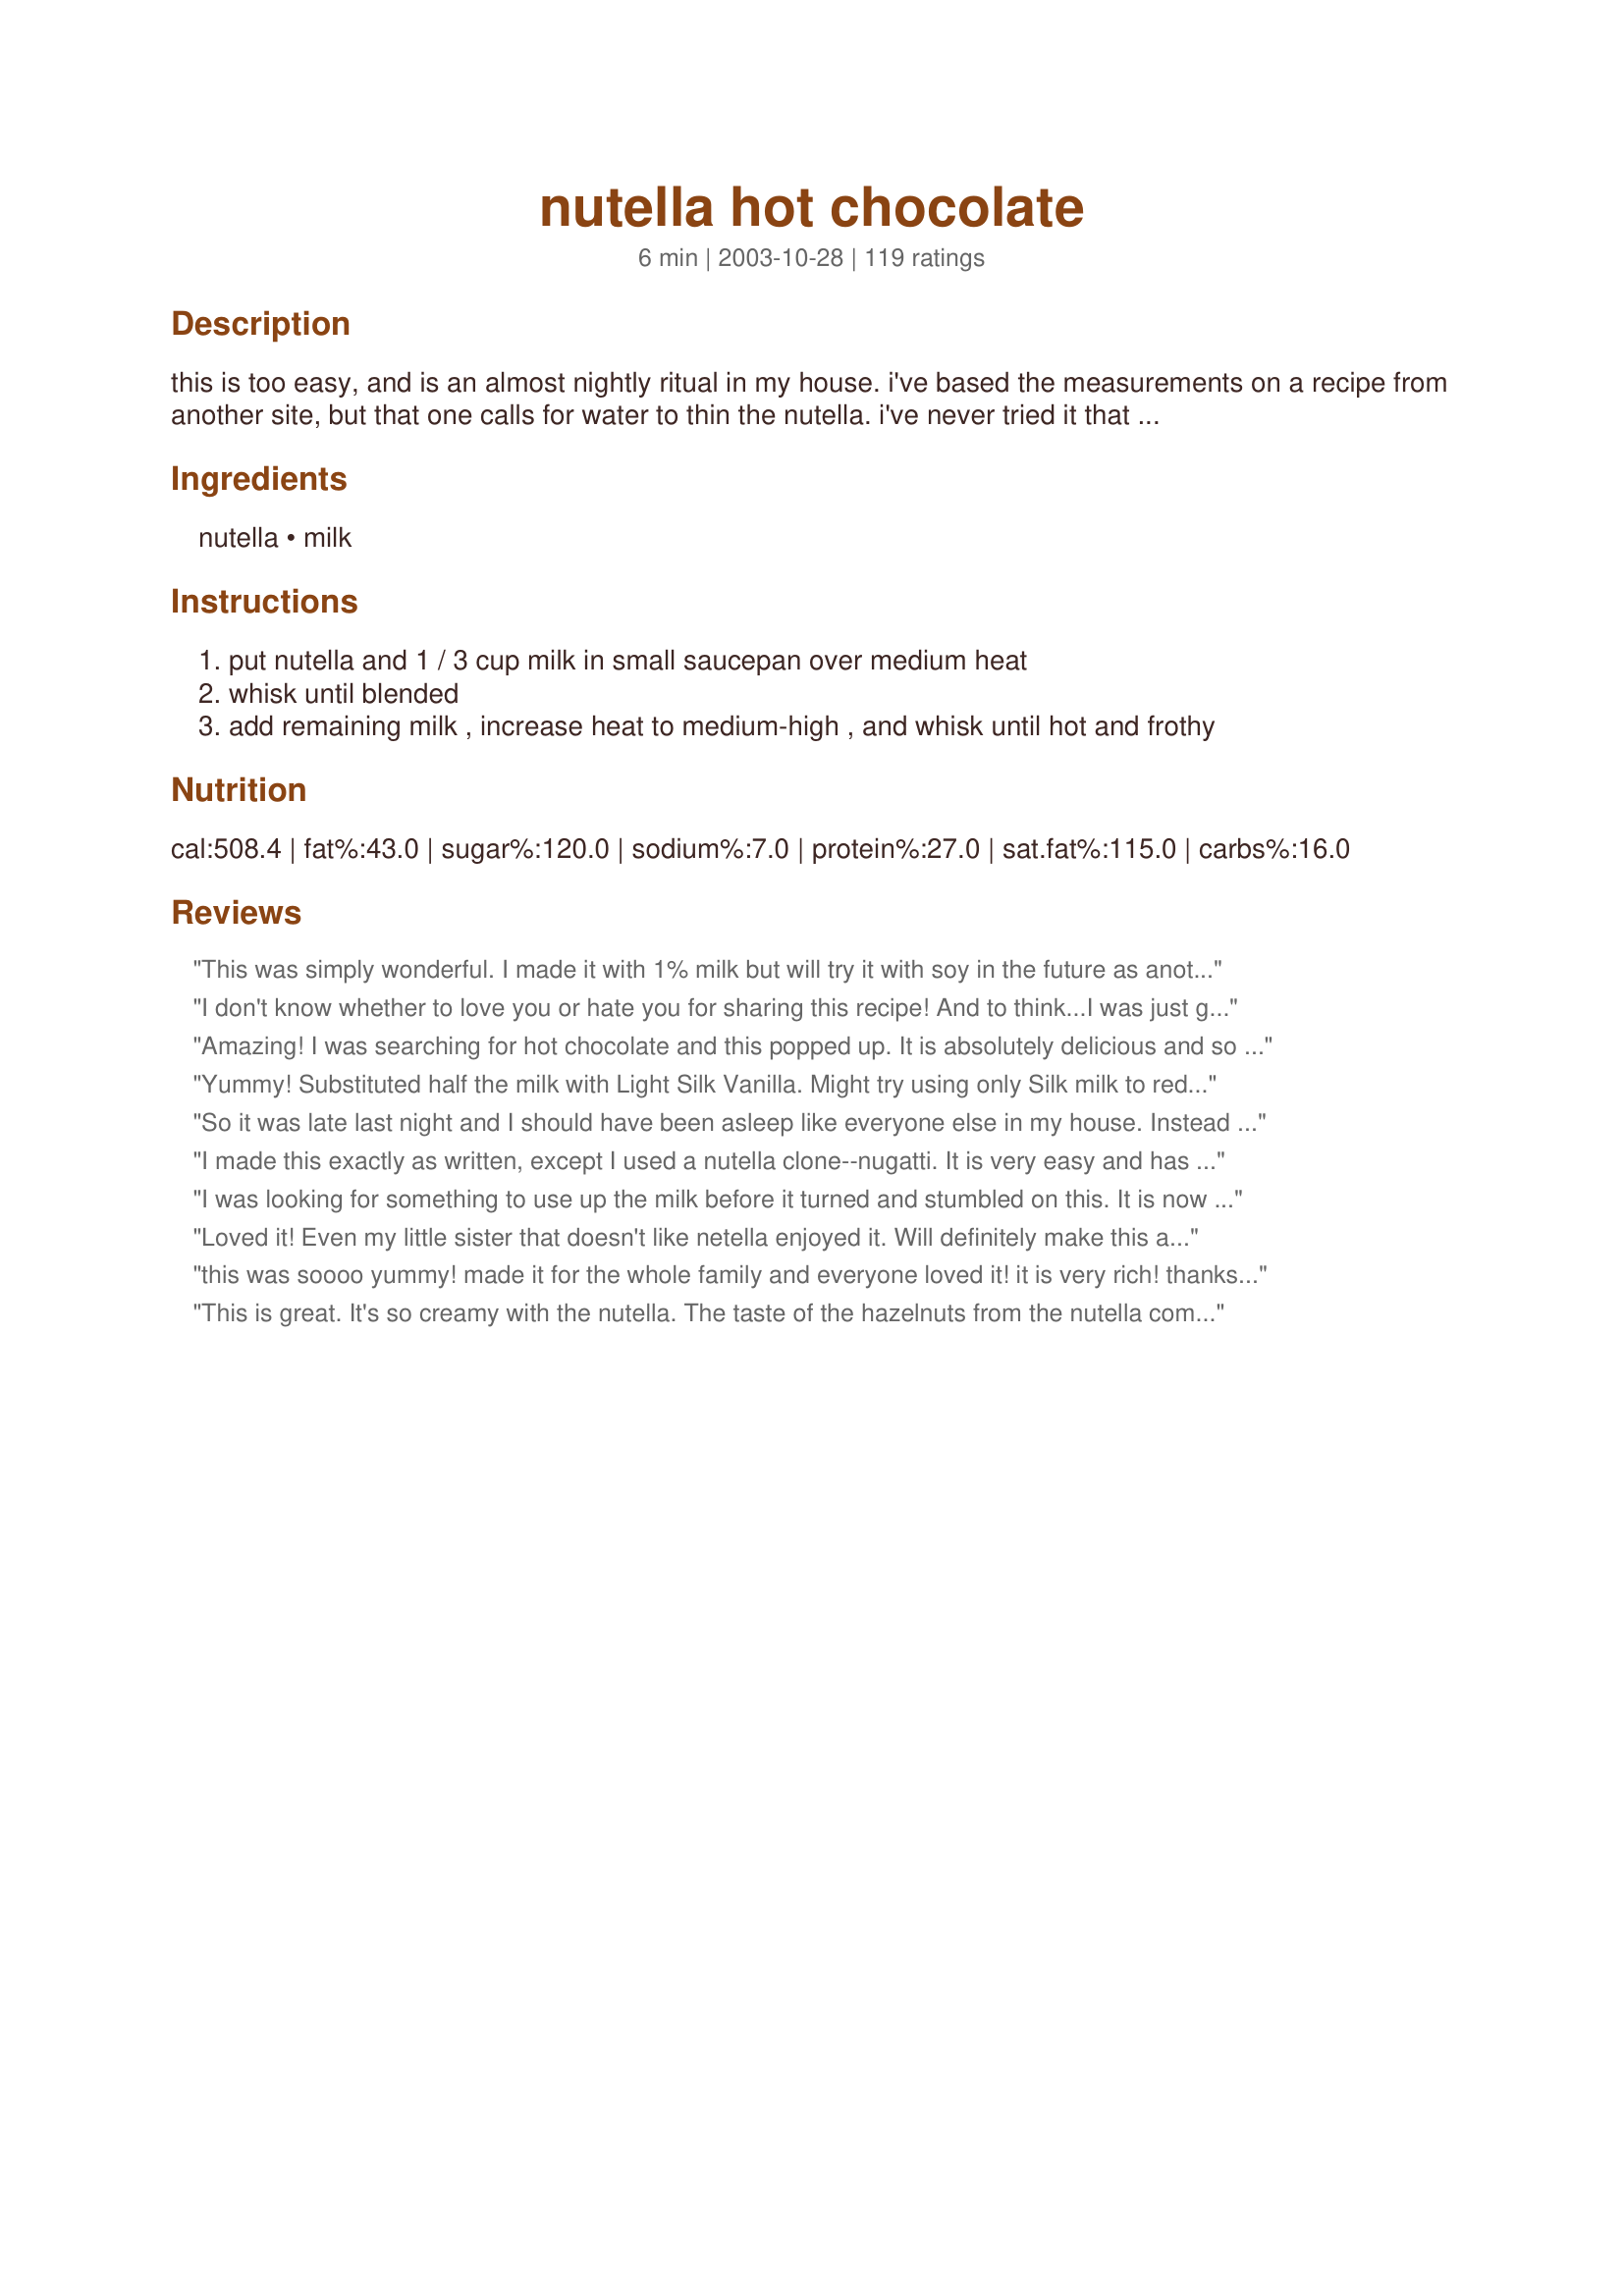
nutella hot chocolate
Preparation time: 6 minutes

this is too easy, and is an almost nightly ritual in my house. i've based the measurements on a recipe from another site, but that one calls for water to thin the nutella. i've never tried it that way. the cooking time is approximate.

Ingredients:
nutella, milk

Steps:
put nutella and 1 / 3 cup milk in small saucepan over medium heat
whisk until blended
add remaining milk , increase heat to medium-high , and whisk until hot and frothy

Reviews:
This was simply wonderful. I made it with 1% milk but will try it with soy in the future as another reviewer suggested. Thanks for posting!
I don't know whether to love you or hate you for sharing this recipe! And to think...I was just getting started on my diet!! I made this with skim milk and it was still out of this world...thanks a million GokittenGo!
Amazing! I was searching for hot chocolate and this popped up. It is absolutely delicious and so simple to make. I love it even more because it isn't powdery, and it isn't oily. Lovely combination of hazelnut and hot chocolate. I am glad you posted it.
Yummy! Substituted half the milk with Light Silk Vanilla. Might try using only Silk milk to reduce the calories next time. It adds to the flavor perfectly and still has a good consistency. Thanks for sharing this treat.
So it was late last night and I should have been asleep like everyone else in my house. Instead I was looking at some things on zaar when I came across this recipe that sounded so very good. But still, I needed to go to bed. But then I realized that the dog needed to go out one last time. And since I was going to be up anyway and we just got a package from a friend that included the Trader Joe's version of nutella.. Well, I went for it. At first I thought 3 tbsp. sounded like an awful lot but it mellowed beautifully in the skim milk (all I have in the house). To really put it over the top I added a squirt of whipped cream. It was lovely as I sat in a dark quiet house and enjoyed the solitude.
I made this exactly as written, except I used a nutella clone--nugatti. It is very easy and has a strong, but pleasant taste of hazelnuts. Thanks for the recipe.
I was looking for something to use up the milk before it turned and stumbled on this. It is now a favorite of my guys! Thanks for sharing!
Loved it! Even my little sister that doesn't like netella enjoyed it. Will definitely make this again!
this was soooo yummy! made it for the whole family and everyone loved it! it is very rich! thanks for sharing this recipe!
This is great. It's so creamy with the nutella. The taste of the hazelnuts from the nutella comes out. Thanks GoKittenGo :) Made for Holiday tag game
This was effortless and sooo yummy for a snowing day in May in Colorado!
DH says this is very rich and creamy.
Very nice and chocolatey! Great for those cold nights.
Oh nooooooo! I so wish I had not found this recipe, because it is the most perfect and decadent beverage ever! And it's loaded with fat... and sugar... sigh. It really is as good as everyone says. By the way, I made it with 2 percent milk and only a heaping teaspoon of Nutella, and it was still fantastic.
Another great way to enjoy Nutella!!!
I really wanted a hot chocolate, thanks to you I'm drinking a quality one right now! Thanks
yummy!
Rich and utterly delicious. The nutella adds a different dimension to the hot chocolate flavor. Wonderful to sip on a cold morning.
I just graduated, so I can't cook at all. Made this easily though for some friends, it was delightful, perfect for the upcoming winter in Chicago.
Okay, I'll just add in another yummmmm! I would have never thought of using Nutella to make a drink, but it was delicious! DH loves this stuff, and he now will be having this in place of hot chocolate. Thank you for sharing!...Kittencal:)
Scrumptious! So easy and tastes like a gourmet beverage! Thank you for sharing this recipe!
We liked this easy hot chocolate that had a nutty taste. 

Thanks GoKittenGo. 

Bullwinkle
A rich and decedent drink. I doubled the recipe I got 2 and 1/4 mugs full. I put the left over 1/4 mug full into the fridge and the next morning I heated it up in the microwave. I tasted even more decedent if thats possible. I always have a jar of nutella in the cupboard and I will be making this recipe more often with it.
This was really good. The Nutella disolved very easily & this was very quick to make. I could taste the hazlenut along with the chocolate. Very yummy :0)
Pure comfort in a mug. It doesn't get any easier or richer than this. Try it, you'll like it.
I can see why this is a nightly ritual! So easy, and a delightful twist to traditional hot chocolate. Heating the Nutella brings out the nutty taste, and whipping it gives this hot drink some body. I'll do this again, and again... Thanks!
I served this on Christmas morning, and everyone loved it. Very rich, but what the heck it was Christmas morning after all!! Thank you.
This very easy process makes a delicious hazlenut flavored hot cocoa. It is very smooth, creamy and elegant tasting. Great change of pace from regular hot cocoa.

Awesome. My boyfriend had a craving for hot chocolate and I was expecting to make one from scratch using my cocoa powder and milk, but luckily I also have Nutella in my cupboard and decided to try your recipe. SOO EASY and yummy! I used soy milk, which made it seem thicker and I added some coconut shavings because I think coconut and chocolate taste really good together.
We really enjoy this, especially with some espresso added! Thanks so much for this idea!
First of all, let me say that I LOVE Nutella. I eat it by the spoonful - not a good thing if you're trying to lose weight. This was very good and rich even using skim milk. I'll definitely make this again as a special treat. Thanks GoKittenGo for a great recipe. Made for Zaar Chef Alphabet Soup 2008.
Takes a lot of Nutella, which ios expensive, but it is very good.
This Nutella hot chocolate is to die for. It is so rich, yet so delicious. Truly another great use for nutella!
so GOOD, delicieux, i made this after diner tonight, this is so good ! with a dash of cinnamon, Miam ! thank you very much !
Simply delicious, and a nice change from regular hot chocolate. Thanks for posting !
I have one thing to say! Yum!!! I love Hot Chocolate late at nite and this it just over the top! I found Nutella in the specialty spot in my grocers and I just had to try it! This will always be a late nite treat! Thank you!
This is tastey!!! BUT!!!
500 calories and 28 g. of fat
so would a lot of things and 
they are all called deserts
not hot chocolate. Several pieces of candy would be less calories
and fat than this.
Fast, easy, and mmmmmmm yummy! I do perfer a more intense cocoa flavor, but the bigger problem is this means having a jar of nutella in the house... and that stuff is so good on toast or right out of the jar! :)
Oooh, so easy and so yummy! And good for you too?! Thanks for posting this!
what a yummy way to warm up. I am writing this review and sipping my hot chocolate.Thanks Go Kitten.
This was so delicious! So creamy, chocolatey and just a little nutty. I will make this very often!
WoW! Yummy!
Delicious! I also tried it with Trader Joe&#039;s coco-almond spread and that was also yummy. Thanks for sharing!
What a sweet treat! Tastier than most hot chocolate recipes I've tried; a keeper. Made for the Comfort Cafe, a tag game.
This is fantastic. It's a windy and chilly day today and this was the perfect pick-me-up-warm-me-up! This Nutella version of a hot chocolate is definitely a keeper! If you like Nutella (and who doesn't?) Then you'll love this. Thanks for posting!
WOW! This was perfect to fix my chocolate craving tonight. I created the craving as soon as your recipe hit the site, LOL! I got a jar of Nutella and tried this at midnight;) Really nice! There is no need to add water to thin it because it is quite thin as it is. A very nice comfort drink! I made some more to share with my little friend tomorrow - she's just 7 and will eat and drink anything I make for her. She's going to hug me tight for this:) Thank you for the simple and good recipe!
Oh this was perfect. Unfortunately it didn't help with my nutella addiction.
Omgosh I made this today and it was the best hot chocolate I have ever had. I used 2 percent milk and it was fantastic. Thanks for sharing.
I would have given this recipe a 5 star for taste and ease but I believe the servings should be listed as 2 instead of 1. Not only is there enough to share but way too many calories for one person.
So good! I love the hazelnut flavor. It is so simple and yummy.
Can't believe that I didn't rate this a long time ago. I've been using it for about a year now. Super delish! Lots of calories but sometimes flavor reigns supreme. I cut down on the nutella because I dont like it as sweet but rather creamier. If you can froth it then I suggest doing so for a bistro flare. Thanks!
Delicious and easy - thank you for the great recipe.
Im sitting here typing this review as I sip my nutella hot chocolate..its lovely and creamy and tastes great.
Thanks for sharing.
Very rich cocoa. I thought the hazelnut flavor was a bit too much, so I added some extra milk, and it was perfect.
Oh my, what a little sip of heaven! This was so delicious. I microwaved the milk for 30 sec, added the Nutella & microwaved an additional 40 sec and it was just perfect. Thanks for sharing!
I just made this with low fat milk and it still has a rich taste to it! (: I feel that the hazelnut taste is a bit too much for me though. This recipe isn't powdery nor oily. Thumbs up! :D
I made this for my son and me today...we have had a week of snow, ice and being cooped up I happend to have a partial container of Nutella and thought 'why not'

I used half a can of sweetend condensed milk with the milk and added a touch of 'pumpkin spice'

We sipped it while frosting Christams cookies for the neighbors...made a memory!!

This is beyond GOOD!!
Yum yum yum. I had never tried Nutella before and this recipe was just the excuse I needed to finally buy some. Sooooo good. The only thing I would note is that this made what I would consider to be two servings. That's not a bad thing though. The only thing better than having a special treat is being able to share it with someone you love.
Dangerously good.
Best hot chocolate ever. Hands down. I didn't think it would be as rich as it is, and it's AMAZING!
This is so good, it's no wonder it's popular! I've actually tried this more than once and made servings for my family (they also love it)!
Delicious! Thanks for posting this one!
Yum, yum... I'm thinking about adding a dash of cinnamon next time. :)
Mmmm... so good! The bestest, simpleist ever!
This was so rich and delicious! I used a little less Nutella than was called for and it was decadently rich.
Dang it. I wish I never saw this recipe b/c now I will want it everyday!
Delicious! As if I needed to find a new way to get more Nutella in my diet! Smooth creamy hot chocolate couldn't be easier or better. Had some pretzels dipped in Nutella as a side. Yum!Thanks for posting, GoKittenGo!
This is such a great recipe!! I fell in love with Nutella while studying in Europe and this is the perfect way to enjoy it! Thanks for the recipe!
To add on, I just made this for a friend who is a hot chocaholic and she went back to the pan to get the dregs, she lvoed it so much. I asked her if she would prefer regular hot chocolate and she didnt stop sipping just shook her head no...spilling a little as she did

this is one time i wish the nutritional info could be hidden, because i want this far more often than sensible lol.
This is so easy and freaking good!!! Love the rich flavor of chocolate and hazelnut. The thickness and smoothness were just prefect for me. I might reduce the Nutella amount by a little next time and sprinkle some cinnamon. I think I will never buy instant hot chocolate from the store from now on since I found this awesome recipe! Thank you for posting!
What a yummy way to warm up! A delicious drink thanks GoKitten! I loved it!
Worked for me! Yummy!!!
This was a really good take on hot chocolate! The flavour was awesome but I just found that it had a slightly greasy texture.
This was sooooo good! I've told all my friends about it, and I don't think I can ever go back to regular hot chocolate. So thick and creamy. It's also very good with soymilk instead of regular milk.
If you have Nutella in your cupboard, I think you should also have this recipe in your cookbook. Fabulous! I was thirsty last night, but also hadn't had dessert and wanted "something"; I remembered this recipe and so finally gave it a try. It was delicious! Thanks for posting such an easy, yummy treat!
Uhhhh......Yum !
I'm so irritated with myself for not reviewing this before! I've been enjoying this rich and delicious drink for over six months now, and I can't say enough how glad I am that I tried it. If you're a Nutella lover, this is one recipe that you have got to try!
I don't understand some reviews. To say it tastes wonderful then to give it one star because it's high in fat and calories?? If one is concerned with fat and calories, common knowledge would suggest you should stay far away from Nutella. If you want a treat, however, I say make this and fagettaboutit.
Perfect! Thanks so much for sharing.
Oh yum! I made a large batch for my family to sip while we decorated our Christmas tree--we all loved it! Since he is the main hot chocolate drinker around here, I asked my son if he liked it better than the Godiva I keep on hand for him. His answer was a definitive "Yes!", so move on over Godiva. :) Thanks for sharing your recipe--it's wonderful!
This hot chocolate is hot, smooth and delish! Best hot chocolate in the world! I made it in my "cocomotion" and it turned out incredible!
Very very good (:
It was so good that when I went back for the rest that was left in the pot I was so excited about drinking it I burned my mouth!
Divine! I really need to leave this one alone! Thanks for the wonderful treat!
Sinful! I didn&#039;t measure, what could possibly have gone wrong anyway?
You go kitten go. This is fab!
This was a perfect and decadent treat for a chilly day. Thanks for sharing!
Umm...WOW!!
I am new to the fan club of Nutella! This is the first thing I prepared using Nutella, other than just spooning some out of the jar! LOL! This is awesome hot chocolate! After seeing others that reviewed and photographed it, it was just irresistable! Makes me wish for more cold weather here! It is a winner, GoKittenGo!
That was so yummy. I made it using a vegan chocolate and hazelnut spread and some soymilk. It was awesome. I also frothed the hot chocolate. So awesome. I also tried adding some espresso. Nutella Mocha.
I have eyed this up for a good while now but not dared to try it because I knew if I brought a jar of Nutella into this house it would spell diet disaster. It is just one of those amazingly addictive food items. Being as it is Christmas Eve, I decided tonight was the night for a bit of spoiling. I bought two single serving packets of Nutella from my supermarket to help avoid future temptation and made one very tasty cup! I made mine with fat free milk (lol..you have to do some justifying at times) and then topped it with a bit of light spray cream. Yummy.
I, too, made this for the Comfort Cafe tag game. I'm with the other 84 reviewers; this is awesome and highly addictive! I made this with skim milk and it was still very rich and creamy. It's probably a very good thing that I used the rest of my jar of Nutella in a cookie recipe; this stuff is dangerous (in a good way)!
super tasty, super quick, super nutella fix!
IT WAS AWESOME! Just a little too sweet, so add a little water after everything&#039;s done. And the portion is suitable for 2, so lessen the proportions a little if you&#039;re making it for yourself.
I'm NOT a fan of chocolate (normally)! Colorado temperatures are in the NEGATIVES this week and this recipe jumped out and looked at me like a big cup of 'WARM'! I easily give this 5 stars! Thank you!
There is only one word in the English language that does this justice! And that word is..decadent!
This was so yummy delicious! Made even easier in my hot chocolate maker where I just throw everything in and it mixes and heats it at the same time.
Oh my goodness! This is BY FAR the BEST hot chocolate I have ever had! I wouldn&#039;t change one thing as it is perfect just the way it is.
Just made this on a rainy day in British Columbia! Its delicious!! I only added 2 small spoons of Nutella, and used a Lactose Free 1% milk and is still very rich and delicious! Loved it!
Holy yummyness! I love Nutella but never thought about making hot chocolate with it. It was delicious. I did make a slight change though. Instead of 1 1/3 cup of milk, I used 1 cup of whipping cream and 1/3 cup of regular milk, just so it was a little thicker. Couldn't have been any easier to make too. Love this recipe. Thanks for sharing!
I've tried so many hot chocolates from dairy milk to galaxy and Nutella is by far the best use this recipe it is the best.
Perfect hot chocolate, I topped it off with some whip cream and it was absolutely heavenly!
YUMMMMMY! This is what I made with an almost empty jar of Nutella. I am going to buy a new one just for this cocoa.
Since Valentines day is coming around the corner, I think a jar of Nutella with the recipe attached will be a great gift. EXCELLENT treat for CHOCOLATE lovers! Thanks!
Finally found Nutella to buy! *125 miles away*. Made some hot chocoate last evening. OMG, was this delicious;I'm hooked!!!
This is absolutely sinful! Very, very, very good! So much better than regular hot chocolate. I made mine in the microwave. Heated the Nutella with 1/3 cup milk in a mug then stirred until combined. Then added the remaining cup of milk and heated until hot. Delicious!
Nice thick creamy rich flavor. I cheated though, adding one more tablespoon of Nutella (can't get enough of the stuff), and instead of adding the remaining milk all at once, I added it in parts. A sweet indulgence.
What an incredibly pampering treat! So much richer, thicker and more flavorful than regular hot chocolate and yet simpler to fix...what's not to love?? I adore Nutella and heating it enhances the flavor even more, something I didn't think was possible. Luxury in a cup, that's what this is!
This was great.....but a little too sweet for my taste. Great for a nice little pick me up none the less :)
This is absolutely heavenly. And it couldn't come together easier for when you need comfort fast. I used skim milk and it still feels indulgent. Thank you very much for posting!
If you love hazelnut flavor, this is the drink for you! Can only add my kudos to the rest. Thnx for sharing your simple but delicious recipe. Made for Comfort Cafe Snow Queen Chalet Jan 2010.
OMG this is really good! my husband is the Nutella enthusiast in our house. I surprised him with this tonight. To see his face, tickled me while he tried to figure out what it was and he did. He says forget the powdered stuff from now on itâ€™s Nutella in my hot milk. You know it is a excellent way to get that last bit of Nutella from the jar, add hot milk and shake. Thank you for being obsessed with Nutella and posting this yummy recipe
Can use nonfat milk to cut down on the calories some. Maybe share with a friend or loved one to cut down on portion size, or just indulge in all of it! It is totally worth it, this is the best hot chocolate ever and I'm afraid that once the weather cools I'll be drinking these every night! Decadent!
Amazing how something so simple can really hit the spot. I made some of this tonight, on Christmas Eve Eve (23rd) and after a long day shopping and wrapping, it's perfect! Thanks GoKittenGo!
Oh yum! My 10 yo DD and I tried this recipe last night and we both loved it. So simple but so good.
Excellent. It's better than hot cocoa or chocolate.I made it in microwave. Keeper!!! Thank you.
I made this for the kids over the holidays - YUMMY! Rich, delicious and sooo simple.
Wow - This is magical... one sip and I can imagine myself, or myself and someone special - in front of a crackling fire, soft glow from candles, while the snow softly falls outside - if there's lots of milk and Nutella in the house - who cares - Let it snow, let it snow, let it snow.
I live in FLORDIA and hate SNOW - that should tell you just how good this stuff is!
Sipping this hot chocolate as I type--yum!
Have had this recipe in my cookbook
for ages,sorry I have waited so long to try.
I used lactaid milk,because it's the only milk that I can drink.
The 717mg of Potassium is a plus for me.
Thanks for the recipe,it's the best hot chocolate I have ever drank!
